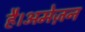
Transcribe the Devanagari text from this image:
है।अमेज़न